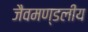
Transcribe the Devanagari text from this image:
जैवमण्डलीय